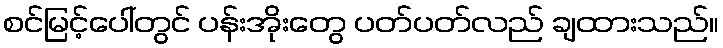
စင်မြင့်ပေါ်တွင် ပန်းအိုးတွေ ပတ်ပတ်လည် ချထားသည်။